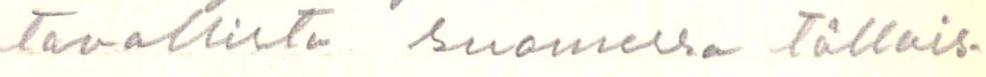
tavallista suomessa tällais-